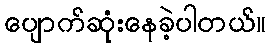
ပျောက်ဆုံးနေခဲ့ပါတယ်။